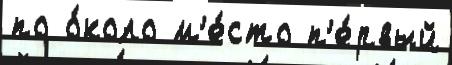
по о́коло м'е́сто п'е́рвый